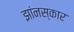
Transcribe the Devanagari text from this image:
झांनस्कार